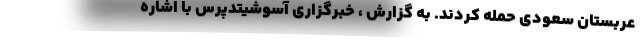
عربستان سعودی حمله کردند. به گزارش ، خبرگزاری آسوشیتدپرس با اشاره